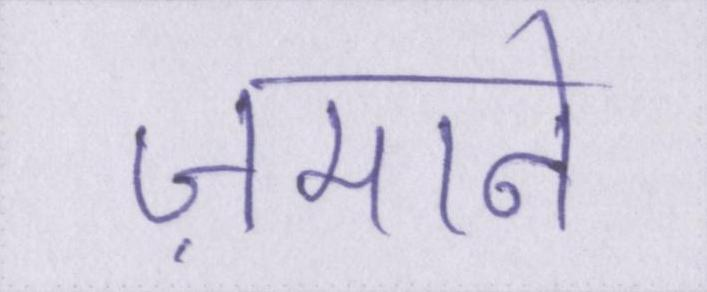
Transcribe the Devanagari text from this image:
ज़माने